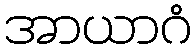
အာယာဂံ